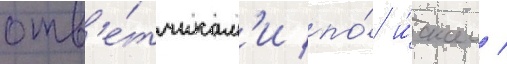
отв'е́тчикам'и по́ и́скам /